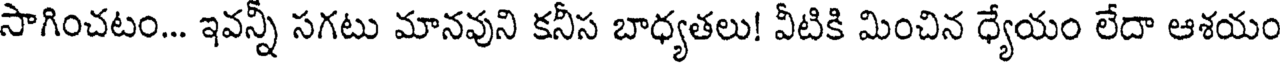
సాగించటం... ఇవన్నీ సగటు మానవుని కనీస బాధ్యతలు! వీటికి మించిన ధ్యేయం లేదా ఆశయం